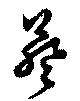
葵